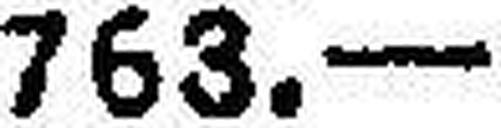
763.—